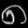
Digit: ၈